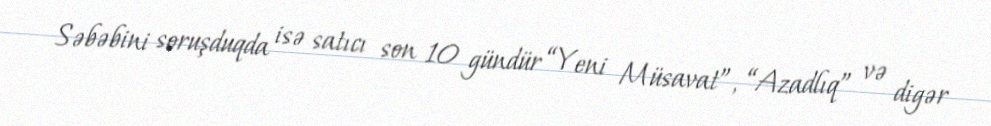
Səbəbini soruşduqda isə satıcı son 10 gündür “Yeni Müsavat”, “Azadlıq” və digər